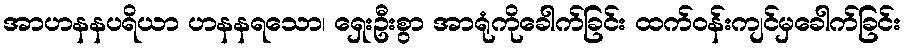
အာဟနနပရိယာ ဟနနရသော၊ ရှေးဦးစွာ အာရုံကိုခေါက်ခြင်း ထက်ဝန်းကျင်မှခေါက်ခြင်း